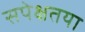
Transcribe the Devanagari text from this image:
सपेक्षतया